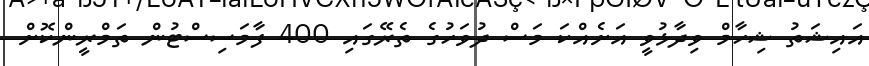
އައިޝަތު ޝިހާމް ވިދާޅުވީ އަށެއްކަ މަސް ދުވަހުގެ ތެރޭގައި 400 ފާމަސިސްޓުން ތަމްރީންކޮށް